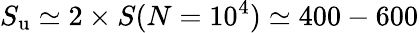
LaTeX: S_{\mathrm{u}}\simeq 2\times S(N=10^{4})\simeq 400-600